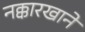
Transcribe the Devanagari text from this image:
नक्कारखाने